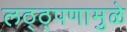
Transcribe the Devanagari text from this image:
लठ्ठ्पणामुळे